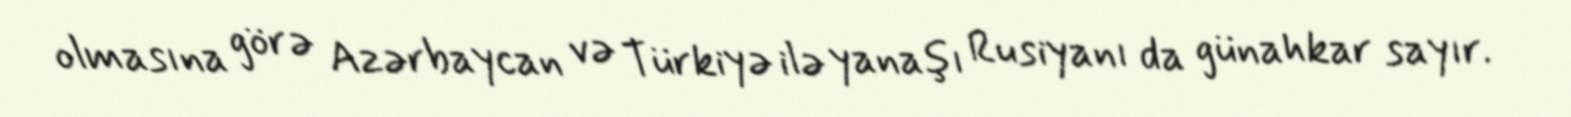
olmasına görə Azərbaycan və Türkiyə ilə yanaşı Rusiyanı da günahkar sayır.